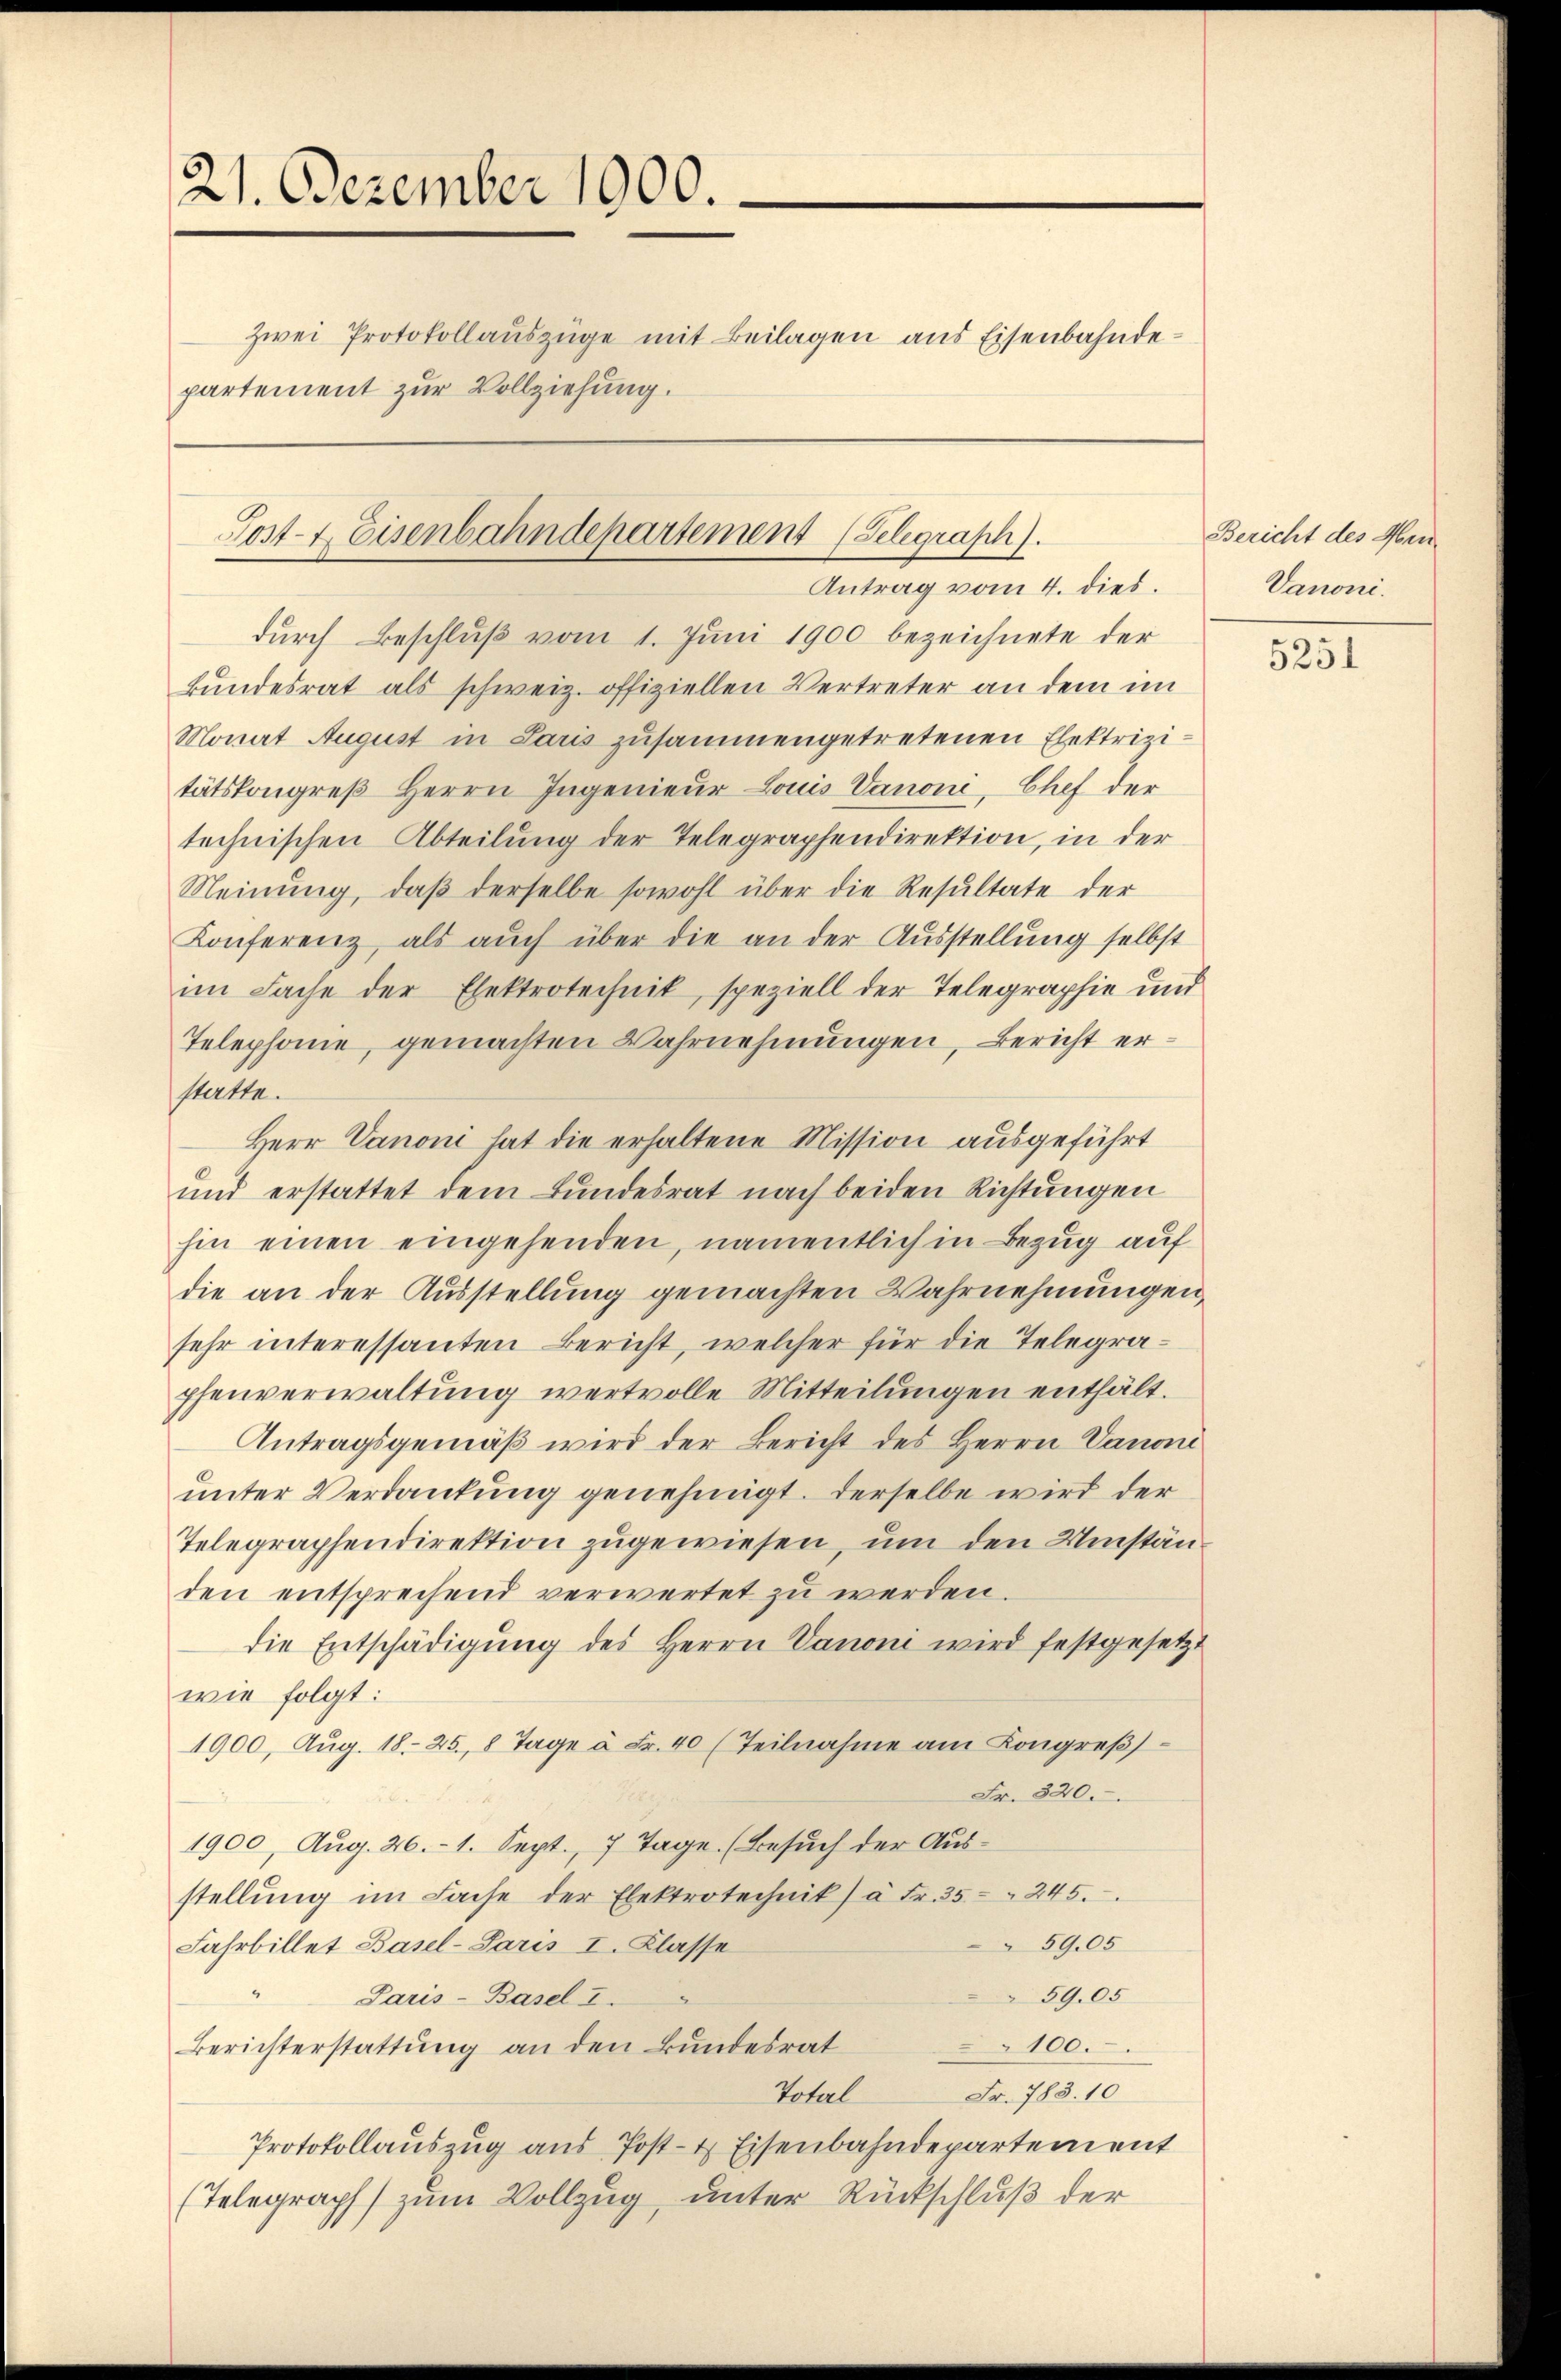
21. Dezember 1900.
zwei Protokollauszüge mit Beilagen aus Eisenbahndepartement zur Vollziehung.

Post- & Eisenbahndepartement (Telegraph).
Antrag vom 4. dies.

durch Beschluß vom 1. Juni 1900 bezeichnete der
bundesrat als schweiz. offiziellen Vertreter an dem im
Monat August in Paris zusammengetretenen Elektrizitätskongreß Herrn Ingenieur Louis Vanoni, Chef der
technischen Abteilung der Telegraphendirektion, in der
Meinŭng, daβ derselbe sowohl über die Resultate der
Konferenz, als auch über die an der Ausstellung selbst
im Sache der Elektrotechnik, speziell der Telegraphie und
Telephonie, gemachten Wahrnehmungen, Bericht erstatte.
Herr Vanon hat die erhaltene Mission ausgeführt
und erstattet dem Bundesrat nach beiden Richtungen
hin einen eingehenden, namentlich in Bezug auf
die an der Ausstellung gemachten Wahrnehmungen,
sehr interessanten Bericht, welcher für die Telegraphenverwaltung wertvolle Mitteilungen enthält.
Antragsgemäβ wird der Bericht des Herrn Vanon
unter Verdankung genehmigt. Derselbe wird der
Telegraphendirektion zugewiesen, um den Umständen entsprechend verwertet zŭ werden.
die Entschädigŭng des Herrn Vanoni wird festgesetzt
wie folgt:
1900, Aug. 1825., 8 Tage à Fr. 40 (Teilnahme am Kongreß)
Fr. 320.
1900, Aug. 26. 1. Sept., 7 Tage. (Besuch der Ausstellŭng im Fache der Elektrotechnik) à Fr. 35 " 245.
54,05
Fahrbillet Basel-Saris I. Klasse
59.05
Paris - Basel I.
Berichterstattung an den Bundesrat
100.
Fr. 783. 10
Total
Protokollauszug aus Post- & Eisenbahndepartement
(Telegraph zum Vollzug unter Rückschluß der

Bericht des Men¬
Vanoni.

5251